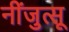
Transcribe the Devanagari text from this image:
नींजुत्सू